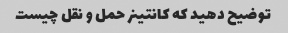
توضیح دهید که کانتینر حمل و نقل چیست